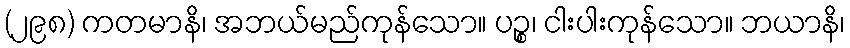
(၂၉၈) ကတမာနိ၊ အဘယ်မည်ကုန်သော။ ပဉ္စ၊ ငါးပါးကုန်သော။ ဘယာနိ၊